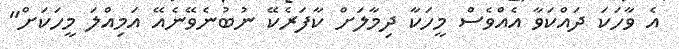
އެ ވާހަކަ ދައްކަވާ އެއްވެސް މީހަކާ ދިމާލަށް ކާފަރެކޭ ނުބުނެވޭނެއޭ އަމިއްލަ މީހަކަށް"